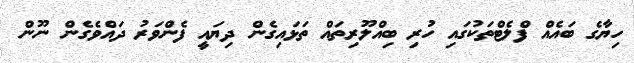
ހިޔާގެ ބައެއް ފްލެޓްތަކުގައި ހުރި ބިއްލޫރިތައް ތަޅައިގެން ދިޔައީ ފެންވަރު ދައްވެގެން ނޫން